Bombay plague: being a history of the progress of plague in the Bombay presidency from September 1896 to June 1899
Year: 1896
Disease focus: Plague
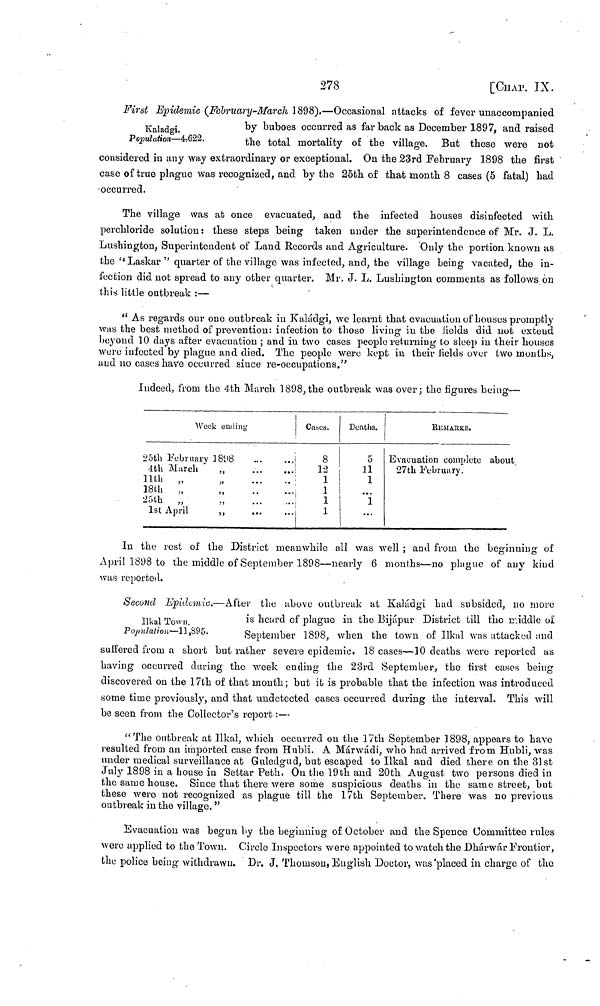
278
[CHAP. IX.
Kaladgi.
Population—4,622.
First Epidemic (February-March 1898).—Occasional attacks of fever unaccompanied
by buboes occurred as far back as December 1897, and raised
the total mortality of the village. But these were not
considered in any way extraordinary or exceptional. On the 23rd February 1898 the first
case of true plague was recognized, and by the 25th of that month 8 cases (5 fatal) had
-occurred.
The village was at once evacuated, and the infected houses disinfected with
perchloride solution: these steps being taken under the superintendence of Mr. J. L.
Lushington, Superintendent of Land Records and Agriculture. Only the portion known as
the " Laskar " quarter of the village was infected, and, the village being vacated, the in-
fection did not spread to any other quarter. Mr. J. L. Lushiugton comments as follows on
this little outbreak :—
" As regards our one outbreak in Kaladgi, we learnt that evacuation of houses promptly
was the best method of prevention: infection to those living in the Jields did not exteud
beyond 10 days after evacuation ; and in two cases people returning to sleep in their houses
were infected by plague and died. The people were kept in their fields over two months,
and no cases have occurred since re-occupations."
indeed, from the 4th March 1898, the outbreak was over; the figures being—
Week ending
25th February 1898
...
...
4th March
11th
„
18th
„
25th
„
1st April
„
„
„
...
...
...
...
...
...
...
...
...
...
Cabes.
8
12
1
1
1
1
Deaths.
5
11
1
...
1
...
rEMArKS.
Evacuation complete about
27th February.
In the rest of the District meanwhile all was well ; and from the beginning of
April 1898 to the middle of September 1898—nearly 6 months—no plague of any kind
was reported.
Hkal Town.
Population—11,895.
Second Epidemic.—After the above outbreak at Kaladgi had subsided, no more
is heard of plague in the Bijápur District till the middle of
September 1898, when the town of Ilkal was attacked and
suffered from a short but rallier severe epidemic. 18 cases—10 deaths were reported as
having occurred during the week ending the 23rd September, the first cases being
discovered on the 17th of that mouth; but it is probable that the infection was introduced
some time previously, and that undetected cases occurred during the interval. This will
be seen from the Collector's report :—
"The outbreak at Ilkal, which occurred on the 17th September 1898, appears to have
resulted from an imported case from Hubli. A Márwádi, who had arrived from Hubli, was
under medical surveillance at Guledgud, but escaped to Ilkal and died there on the 81st
July 1898 in a house in Settar Peth. On the 19th and 20th August two persons died in
the same house. Since that there were some suspicious deaths in the same street, but
these were not recognized as plague till the 17th September. There was no previous
outbreak in the village."
Evacuation was begun by the beginning of October and the Spence Committee rules
were applied to the Town. Circle Inspectors were appointed to watch the Dhárwár Frontier,
the police being withdrawn. Dr. J. Thomson) English Doctor, was'placed in charge of the